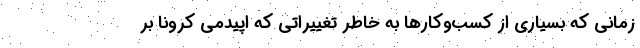
زمانی که بسیاری از کسب‌وکارها به خاطر تغییراتی که اپیدمی کرونا بر